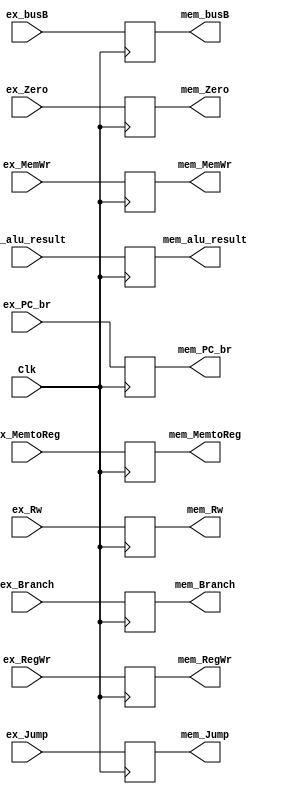
module ex_mem(Clk,ex_PC_br,ex_Zero,ex_alu_result,ex_busB,ex_Rw,ex_RegWr,ex_Branch,ex_Jump,ex_MemWr,ex_MemtoReg,
            mem_PC_br,mem_Zero,mem_alu_result,mem_busB,mem_Rw,mem_RegWr,mem_Branch,mem_Jump,mem_MemWr,mem_MemtoReg);
        input Clk;
        input[31:2]  ex_PC_br;
        input        ex_Zero;
        input[31:0]  ex_alu_result;
        input[31:0]  ex_busB;
        input[4:0]   ex_Rw;        
        input        ex_RegWr,ex_Branch,ex_Jump,ex_MemWr,ex_MemtoReg;
	       
        output reg [31:2]  mem_PC_br;
        output reg         mem_Zero;
        output reg [31:0]  mem_alu_result;
        output reg [31:0]  mem_busB;
        output reg [4:0]   mem_Rw;
        output reg         mem_RegWr,mem_Branch,mem_Jump,mem_MemWr,mem_MemtoReg;
        
        initial begin
          mem_PC_br      = 30'd0;
          mem_Zero       = 0;
          mem_alu_result = 32'd0;
          mem_busB       = 32'd0;
          mem_Rw         = 5'd0;
          mem_RegWr      = 0;
          mem_Branch     = 0;
          mem_Jump       = 0;
          mem_MemWr      = 0;
          mem_MemtoReg   = 0;
        end
        always @(posedge Clk)
        begin
          mem_PC_br      <= ex_PC_br;
          mem_alu_result <= ex_alu_result;
          mem_busB       <= ex_busB;
          mem_Rw         <= ex_Rw;     
          
          //control
          mem_Zero       <= ex_Zero;
          mem_RegWr      <= ex_RegWr;
          mem_Branch     <= ex_Branch;
          mem_Jump       <= ex_Jump;
          mem_MemWr      <= ex_MemWr;
          mem_MemtoReg   <= ex_MemtoReg;       
        end
endmodule